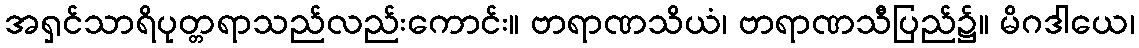
အရှင်သာရိပုတ္တရာသည်လည်းကောင်း။ ဗာရာဏသိယံ၊ ဗာရာဏသီပြည်၌။ မိဂဒါယေ၊